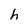
Character: h